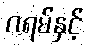
ဂရမ်နှင့်